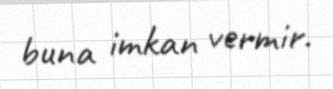
buna imkan vermir.